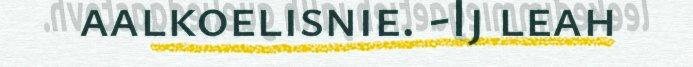
aalkoelisnie. -Ij leah